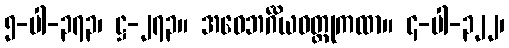
၅-ပါ-၃၇၃၊ ဋ္ဌ-၂၇၃။ အဝေဘင်္ဂိယဝတ္ထုကထာ။ ၄-ပါ-၃၂၂၊